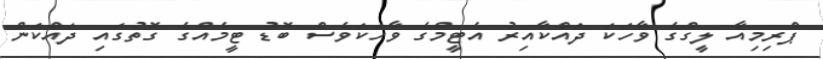
ޕްރިމިއާ ލީގްގެ ވާހަކަ ދައްކާއިރު އެޓީމްގެ ވާހަކަވެސް ބޮޑު ޓީމެއްގެ ގޮތުގައި ދައްކަން